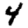
Digit: 4